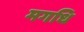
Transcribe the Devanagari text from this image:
मगधि